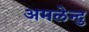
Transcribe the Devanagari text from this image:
अमलेन्दु